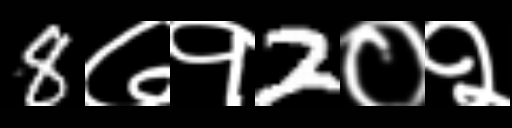
Text: 8७१2०२